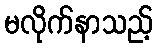
မလိုက်နာသည့်